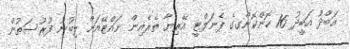
އަބްދު އަބީދު 16 ހޮންކޮންގގެ ޕެނަލްޓީ އޭރިޔާ ތެރެއިން ނައްޓޭއަށް ލިބުނު ފުރުސަތުން